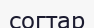
согтар